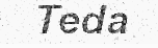
Teda